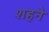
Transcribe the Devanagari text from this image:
शहने